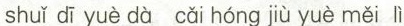
shuǐ dī yuè dà cǎi hóng jiù yuè měi lì